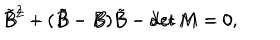
LaTeX: \tilde { B } ^ { 2 } - ( \tilde { B } - B ) \tilde { B } - \det M = 0 \hspace { 1 c m } B ^ { 2 } + ( \tilde { B } - B ) B - \det M = 0 , \,